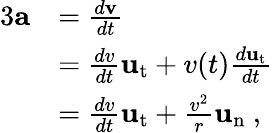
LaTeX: {\begin{array}{rl}{{3}\mathbf{a}}&{={\frac{d\mathbf{v}}{dt}}}\\ &{={\frac{dv}{dt}}\mathbf{u}_{\mathrm{t}}+v(t){\frac{d\mathbf{u}_{\mathrm{t}}}{dt}}}\\ &{={\frac{dv}{dt}}\mathbf{u}_{\mathrm{t}}+{\frac{v^{2}}{r}}\mathbf{u}_{\mathrm{n}}\ ,}\end{array}}